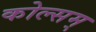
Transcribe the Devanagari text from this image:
कोल्सम्‌